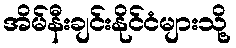
အိမ်နီးချင်းနိုင်ငံများသို့